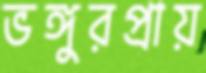
ভঙ্গুরপ্রায়